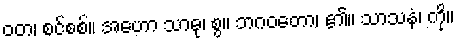
ဝတ၊ စင်စစ်။ အဟော သာဓု၊ စွ။ ဘဂဝတော၊ ၏။ သာသနံ၊ ကို။